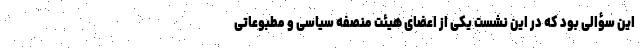
این سؤالی بود که در این نشست یکی از اعضای هیئت منصفه سیاسی و مطبوعاتی